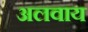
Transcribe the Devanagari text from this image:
अलवाय